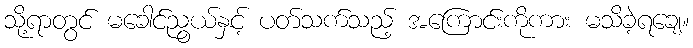
သို့ရာတွင် မခေါင်ညွယ်နှင့် ပတ်သက်သည့် အကြောင်းကိုကား မသိခဲ့ရချေ။